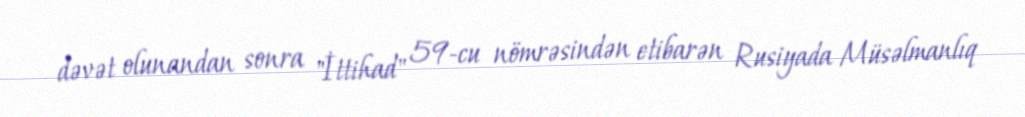
dəvət olunandan sonra "İttihad" 59-cu nömrəsindən etibarən Rusiyada Müsəlmanlıq